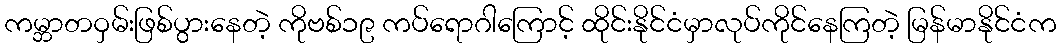
ကမ္ဘာတဝှမ်းဖြစ်ပွားနေတဲ့ ကိုဗစ်၁၉ ကပ်ရောဂါကြောင့် ထိုင်းနိုင်ငံမှာလုပ်ကိုင်နေကြတဲ့ မြန်မာနိုင်ငံက